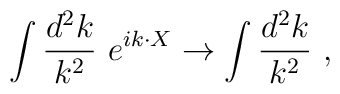
\int {d^2 k\over k^2}~e^{ik\cdot X}\rightarrow \int {d^2 k\over k^2}~,